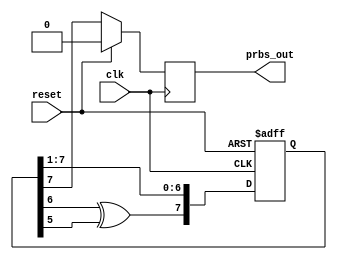
module prbs_generator(
    input clk,
    input reset,
    output reg prbs_out
);

reg [7:0] lfsr_reg;

always @(posedge clk or posedge reset) begin
    if (reset)
        lfsr_reg <= 8'b00000001; // Initial value of LFSR
    else begin
        // LFSR taps for maximal-length sequence
        lfsr_reg <= {lfsr_reg[6]^lfsr_reg[5], lfsr_reg[7:1]};
    end
end

always @(posedge clk) begin
    if (reset)
        prbs_out <= 1'b0; // Reset output when reset is asserted
    else
        prbs_out <= lfsr_reg[7]; // Output the MSB of the LFSR
end

endmodule